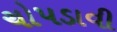
ચોપડાવી